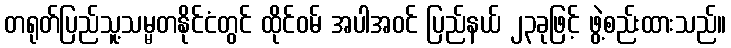
တရုတ်ပြည်သူ့သမ္မတနိုင်ငံတွင် ထိုင်ဝမ် အပါအဝင် ပြည်နယ် ၂၃ခုဖြင့် ဖွဲ့စည်းထားသည်။